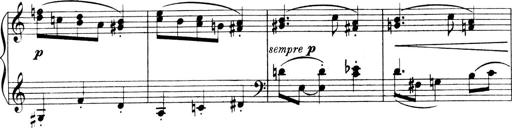
Title: 4 Sonatines
Composer: Max Reger